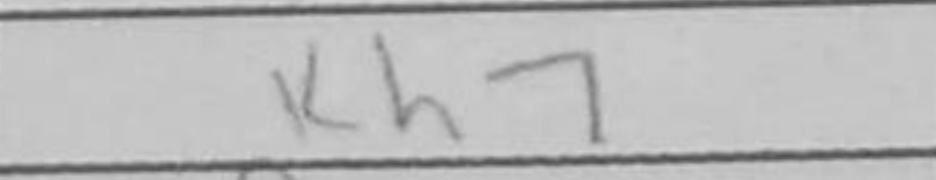
Transcription: Kh7